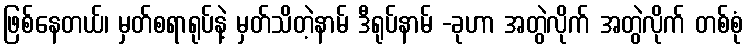
ဖြစ်နေတယ်၊ မှတ်စရာရုပ်နဲ့ မှတ်သိတဲ့နာမ် ဒီရုပ်နာမ် -ခုဟာ အတွဲလိုက် အတွဲလိုက် တစ်စုံ